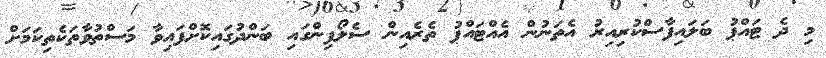
މި ދެ ޓައްޕު ބަލައިފާސްކުރިއިރު އެތަނުން އެއްޓައްޕު ތެރެއިން ސެލޯފިންގައި ބަންދުގައިކޮށްފައިވާ މަސްތުވާތަކެތިކަމަށް